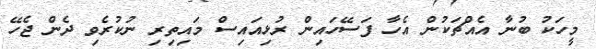
މީހަކު ބުނާ އެއްޗަކުން އެހާ ފަސޭހައިން ރުޅިއައިސް މައިތިރި ނުކުރެވި ދެން ޖެހޭ